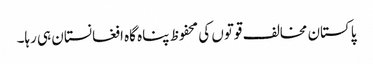
پاکستان مخالف قوتوں کی محفوظ پناہ گاہ افغانستان ہی رہا۔